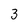
Character: 3